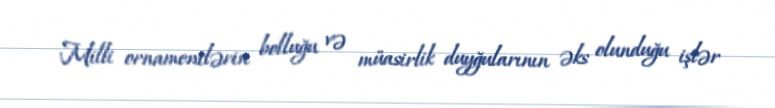
Milli ornamentlərin bolluğu və müasirlik duyğularının əks olunduğu işlər